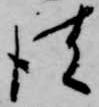
彼